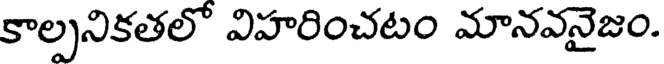
కాల్పనికతలో విహరించటం మానవనైజం.